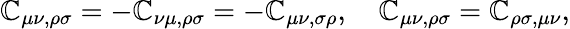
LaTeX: \mathbb{C}_{\mu\nu,\rho\sigma}=-\mathbb{C}_{\nu\mu,\rho\sigma}=-\mathbb{C}_{\mu\nu,\sigma\rho},\quad\mathbb{C}_{\mu\nu,\rho\sigma}=\mathbb{C}_{\rho\sigma,\mu\nu},